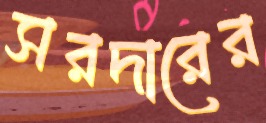
সরদারের